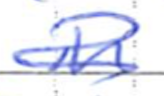
Text: in
Cross-out: scratch
Writing tool: ballpoint